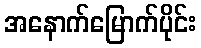
အနောက်မြောက်ပိုင်း